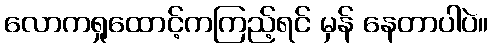
လောကရှုထောင့်ကကြည့်ရင် မှန် နေတာပါပဲ။